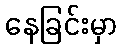
နေခြင်းမှာ